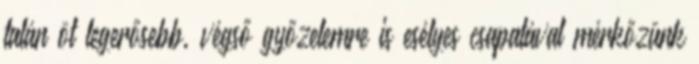
talán öt legerősebb, végső győzelemre is esélyes csapatával mérkőzünk